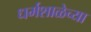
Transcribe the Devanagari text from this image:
धर्मशाळेच्या